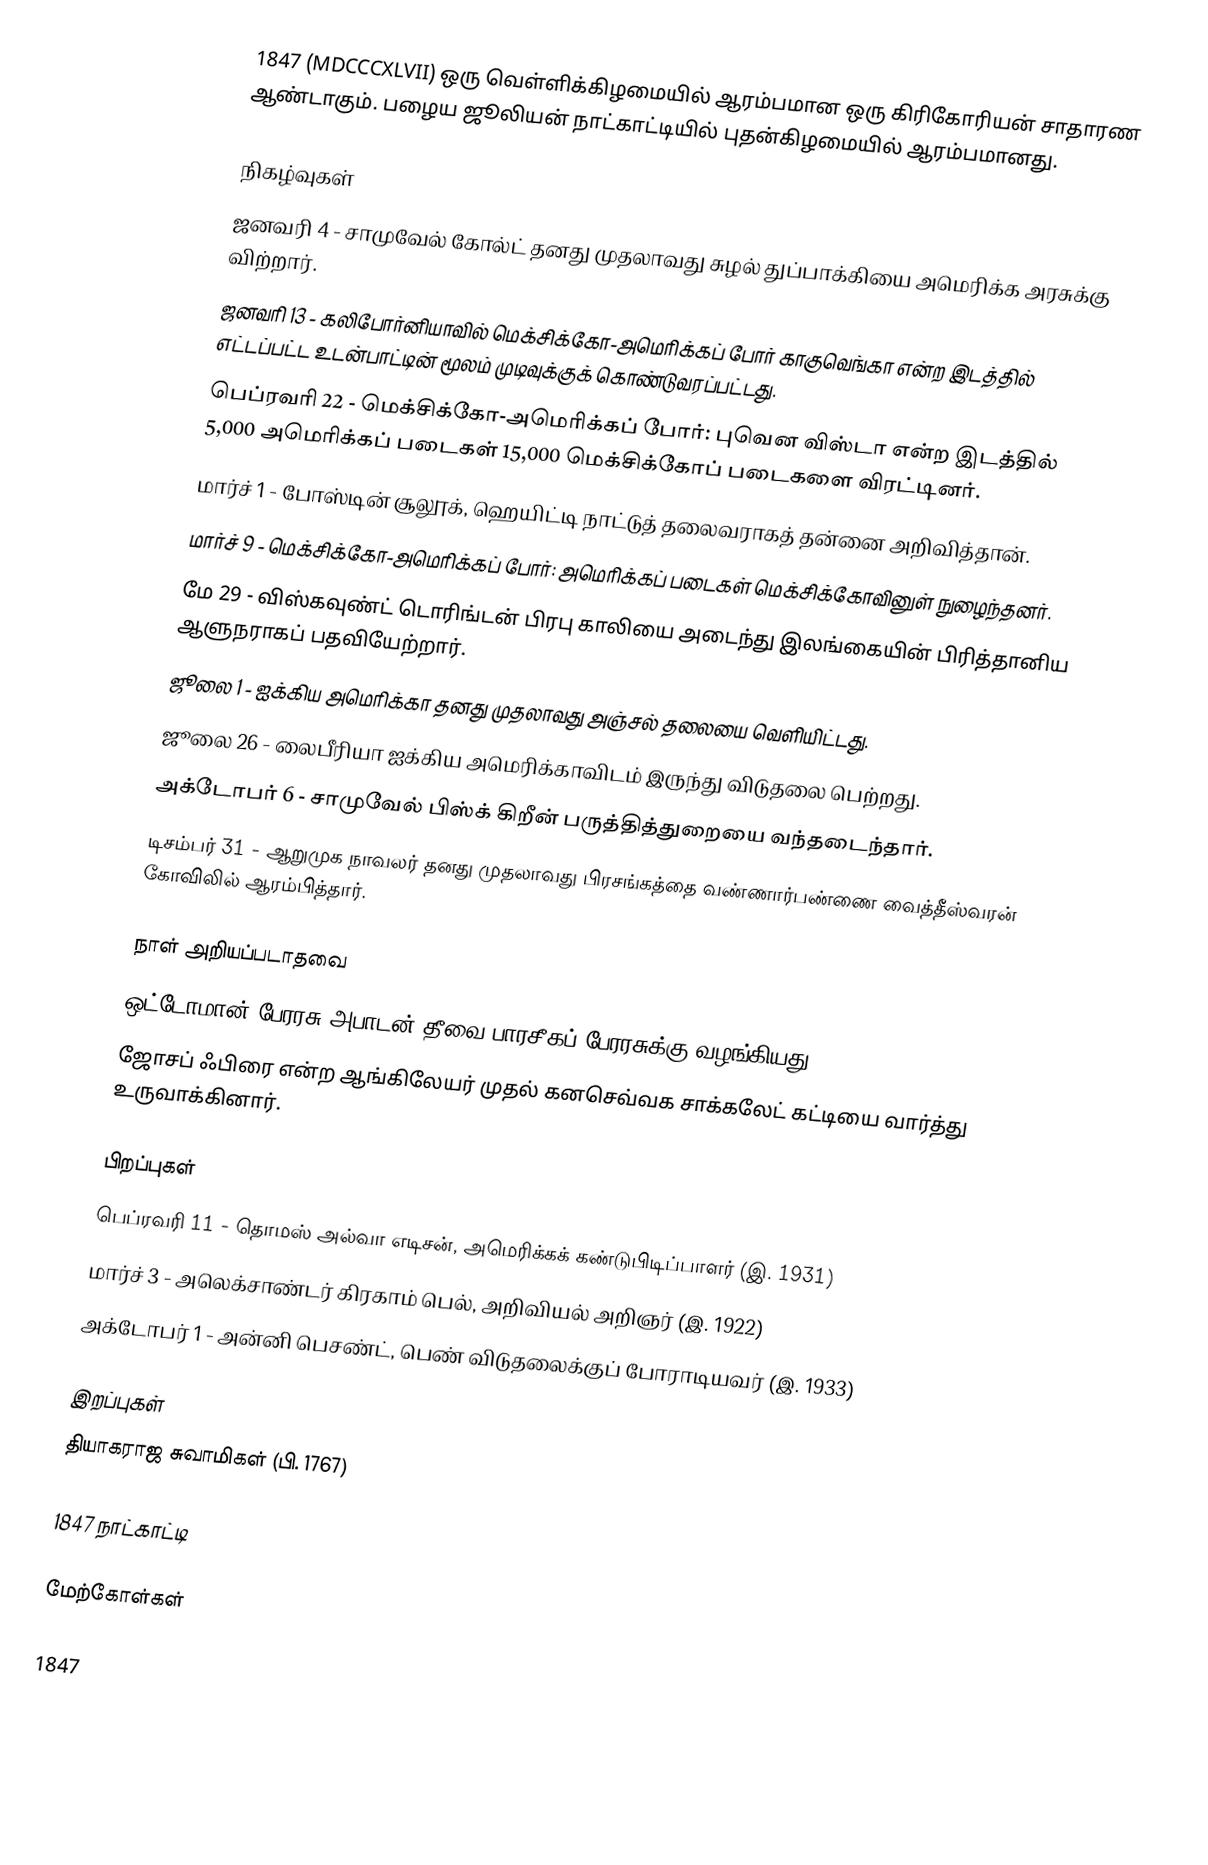
1847  (MDCCCXLVII) ஒரு வெள்ளிக்கிழமையில் ஆரம்பமான ஒரு கிரிகோரியன் சாதாரண ஆண்டாகும். பழைய ஜூலியன் நாட்காட்டியில் புதன்கிழமையில் ஆரம்பமானது.

நிகழ்வுகள்
 ஜனவரி 4 - சாமுவேல் கோல்ட் தனது முதலாவது சுழல் துப்பாக்கியை அமெரிக்க அரசுக்கு விற்றார்.
 ஜனவரி 13 - கலிபோர்னியாவில் மெக்சிக்கோ-அமெரிக்கப் போர் காகுவெங்கா என்ற இடத்தில் எட்டப்பட்ட உடன்பாட்டின் மூலம் முடிவுக்குக் கொண்டுவரப்பட்டது.
 பெப்ரவரி 22 - மெக்சிக்கோ-அமெரிக்கப் போர்: புவென விஸ்டா என்ற இடத்தில் 5,000 அமெரிக்கப் படைகள் 15,000 மெக்சிக்கோப் படைகளை விரட்டினர்.
 மார்ச் 1 - போஸ்டின் சூலூக், ஹெயிட்டி நாட்டுத் தலைவராகத் தன்னை அறிவித்தான்.
 மார்ச் 9 - மெக்சிக்கோ-அமெரிக்கப் போர்: அமெரிக்கப் படைகள் மெக்சிக்கோவினுள் நுழைந்தனர்.
 மே 29 - விஸ்கவுண்ட் டொரிங்டன் பிரபு காலியை அடைந்து இலங்கையின் பிரித்தானிய ஆளுநராகப் பதவியேற்றார்.
 ஜூலை 1 - ஐக்கிய அமெரிக்கா தனது முதலாவது அஞ்சல் தலையை வெளியிட்டது.
 ஜூலை 26 - லைபீரியா ஐக்கிய அமெரிக்காவிடம் இருந்து விடுதலை பெற்றது.
 அக்டோபர் 6 - சாமுவேல் பிஸ்க் கிறீன் பருத்தித்துறையை வந்தடைந்தார்.
 டிசம்பர் 31 - ஆறுமுக நாவலர் தனது முதலாவது பிரசங்கத்தை வண்ணார்பண்ணை வைத்தீஸ்வரன் கோவிலில் ஆரம்பித்தார்.

நாள் அறியப்படாதவை
 ஒட்டோமான் பேரரசு அபாடன் தீவை பாரசீகப் பேரரசுக்கு வழங்கியது.
 ஜோசப் ஃபிரை என்ற ஆங்கிலேயர் முதல் கனசெவ்வக சாக்கலேட் கட்டியை வார்த்து உருவாக்கினார்.

பிறப்புகள்
 பெப்ரவரி 11 - தொமஸ் அல்வா எடிசன், அமெரிக்கக் கண்டுபிடிப்பாளர் (இ. 1931)
 மார்ச் 3 - அலெக்சாண்டர் கிரகாம் பெல், அறிவியல் அறிஞர் (இ. 1922)
 அக்டோபர் 1 - அன்னி பெசண்ட், பெண் விடுதலைக்குப் போராடியவர் (இ. 1933)

இறப்புகள்
 தியாகராஜ சுவாமிகள் (பி. 1767)

1847 நாட்காட்டி

மேற்கோள்கள்

1847